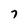
Character: 7